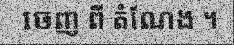
ចេញ ពី តំណែង ។